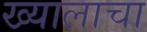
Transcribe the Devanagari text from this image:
ख्यालाचा